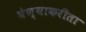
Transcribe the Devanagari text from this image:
घेण्याकरीता